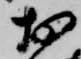
於